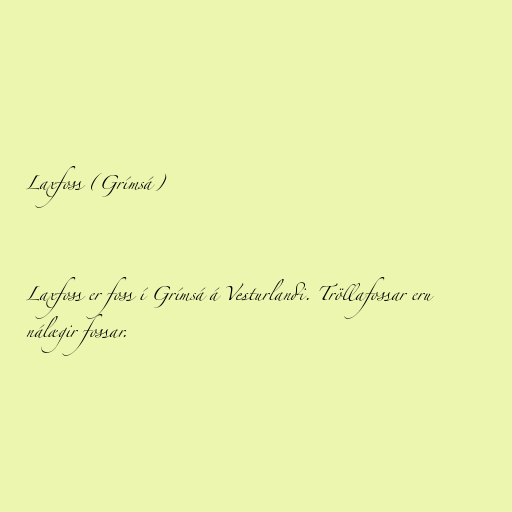
Laxfoss (Grímsá)

Laxfoss er foss í Grímsá á Vesturlandi. Tröllafossar eru
nálægir fossar.